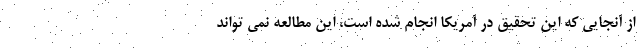
از آنجایی که این تحقیق در آمریکا انجام شده است، این مطالعه نمی تواند